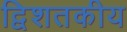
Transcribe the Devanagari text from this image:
द्विशतकीय